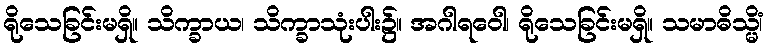
ရိုသေခြင်းမရှိ။ သိက္ခာယ၊ သိက္ခာသုံးပါး၌။ အဂါရဝေါ၊ ရိုသေခြင်းမရှိ။ သမာဓိသ္မိံ၊